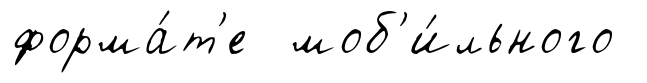
форма́т'е моб'и́льного